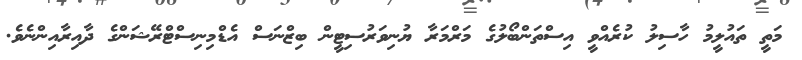
މަތީ ތައުލީމު ހާސިލު ކުރެއްވީ އިސްތަންބޯލުގެ މަރްމަރާ ޔުނިވަރުސިޓީން ބިޒްނަސް އެޑްމިނިސްޓްރޭޝަންގެ ދާއިރާއިންނެވެ.